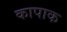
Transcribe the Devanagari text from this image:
कापाक